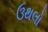
ઉથલો